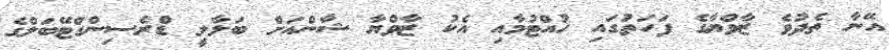
އޭނާ ތެދުވެ ޒާވްޔާގެ ފަހަތުގައި ހުއްޓުމާއި އެކު ޒާވްޔާ ޝާންއަށް ބަލާލީ ޑްރެސިންގްޓޭބަލްގެ